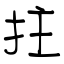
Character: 拄